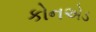
કોનએડ